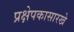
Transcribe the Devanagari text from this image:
प्रक्षेपकासारखे